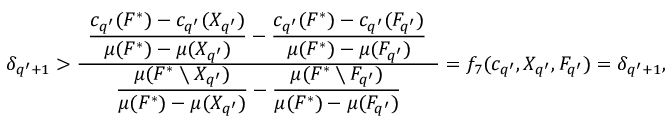
\begin{array} { r } { \delta _ { q ^ { \prime } + 1 } > \frac { \hphantom { x } \displaystyle \frac { c _ { q ^ { \prime } } ( F ^ { * } ) - c _ { q ^ { \prime } } ( X _ { q ^ { \prime } } ) } { \mu ( F ^ { * } ) - \mu ( X _ { q ^ { \prime } } ) } - \frac { c _ { q ^ { \prime } } ( F ^ { * } ) - c _ { q ^ { \prime } } ( F _ { q ^ { \prime } } ) } { \mu ( F ^ { * } ) - \mu ( F _ { q ^ { \prime } } ) } \hphantom { x } } { \displaystyle \frac { \mu ( F ^ { * } \setminus X _ { q ^ { \prime } } ) } { \mu ( F ^ { * } ) - \mu ( X _ { q ^ { \prime } } ) } - \frac { \mu ( F ^ { * } \setminus F _ { q ^ { \prime } } ) } { \mu ( F ^ { * } ) - \mu ( F _ { q ^ { \prime } } ) } } = f _ { 7 } ( c _ { q ^ { \prime } } , X _ { q ^ { \prime } } , F _ { q ^ { \prime } } ) = \delta _ { q ^ { \prime } + 1 } , } \end{array}